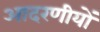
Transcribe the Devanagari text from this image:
आदरणीयों